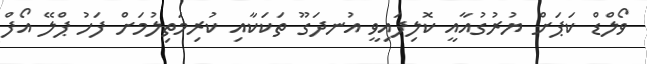
ވޯލްޑް ކަޕަށް ޔުރުގުއާއީ ކޮލިފައިވީ އުނދަގޫ ތަކަކާއި ކުރިމަތިލުމަށް ފަހު ޕްލޭ އޯފް